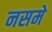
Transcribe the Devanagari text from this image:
नसमे